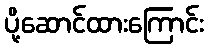
ပို့ဆောင်ထားကြောင်း